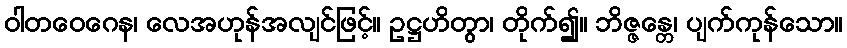
ဝါတဝေဂေန၊ လေအဟုန်အလျင်ဖြင့်။ ဥဋ္ဌဟိတွာ၊ တိုက်၍။ ဘိဇ္ဇန္တေ၊ ပျက်ကုန်သော။